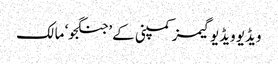
ویڈیو ویڈیو گیمز کمپنی کے ’جنگجو‘ مالک